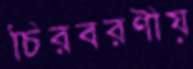
চিরবরণীয়